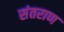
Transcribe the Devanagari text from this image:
संतराण